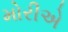
મોરીએ